Vaccination in the Punjab 1867-1880 - 1867-1880
Year: 1867
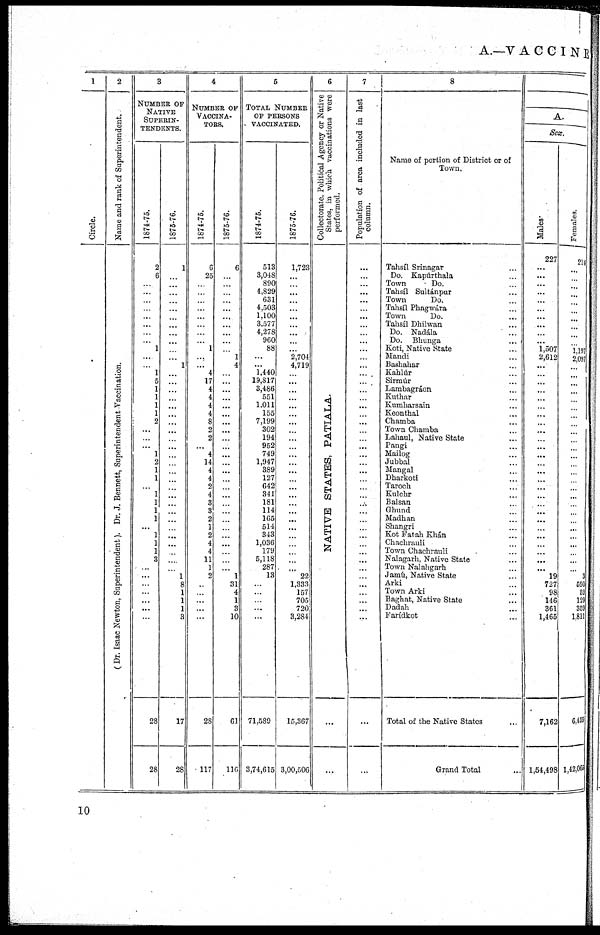
A.—V A C C I N I E
1
Circle.
2
Name and rank of Superintendent.
( Dr. Isaac Newton, Superintendent). Dr. J. Bennett, Superintendent Vaccination.
3
NUMBER OF
NATIVE
SUPERIN-
---------
1874-75.
2
6
...
...
...
...
...
...
...
... 1
...
...
1
5
1
1
1
1
2
...
...
...
1
2
1
1
...
1
1
1
1
...
1
1
1
3
...
...
...
...
...
...
...
28
28
1875-76.
1
...
...
...
...
...
...
...
...
...
...
...
1
...
...
...
...
...
...
...
...
...
...
...
...
...
...
...
...
...
...
...
...
...
...
...
...
...
1
8
1
1
1
3
17
28
4
NUMBER OF
VACCINA¬
-----
1874-75.
6
25
...
...
...
...
...
...
...
... 1
...
...
...
17
4
4
4
4
8
2
2
...
4
14
4
4
2
4
3
3
2
1
2
4
4
11
1
2
...
...
...
...
...
28
117
1875-76.
6
...
...
...
...
...
...
...
...
...
...
1
4
...
...
...
...
...
...
...
...
...
...
...
...
...
...
...
...
...
...
...
...
...
...
...
...
...
1
31
4
1
3
10
61
116
5
TOTAL NUMBER
OF PERSONS
VACCINATED.
1874-75.
513
3,048
890
4,829
631
4,503
1,100
3,577
4,278
960
88
...
...
1,440
19,817
3,486
551
1,011
155
7,199
302
194
952
749
1,947
389
127
642
341
181
114
165
514
343
1,036
179
5,118
287
13
...
...
...
...
...
71,589
3,74,615
1875-76.
1,723
...
...
...
...
...
...
...
...
...
...
2,704
4,719
...
...
...
...
...
...
...
...
...
...
...
...
...
...
...
...
...
...
...
...
...
...
...
...
...
22
1,333
157
705
720
3,284
15,367
3,00,506
6
Collectorate. Political Agency or Native
States, in which vaccinations were
performed.
NATIVE STATES, PATIALA.
...
...
7
Population of area included in last
column.
...
...
...
...
...
...
...
...
...
...
...
...
...
...
...
...
...
...
...
...
...
...
...
...
...
...
...
...
...
...
...
...
...
...
...
...
...
...
...
...
...
...
...
...
...
...
8
Name of portion of District or of
Town.
Tahsíl Srinagar ...
Do. Kapúrthala ...
Town
Do. ...
Tahsíl Sultánpur ...
Town
Do. ...
Tahsíl Phagwára ...
Town
Do. ...
Tahsíl Dhilwan ...
Do. Nadála ...
Do.
Bhunga
...
Koti, Native State ...
Mandi ...
Bashahar ...
Kahlúr ...
Sirmúr ...
Lambagráon ...
Kuthar ...
Kumharsain ...
Keonthal ...
Chamba ...
Town Chamba ...
Lahaul, Native State ...
Pangi ...
Mailog ...
Jubbal ...
Mangal ...
Dharkoti ...
Taroch ...
Kulehr ...
Balsan ...
Ghund
...
Madhan ...
Shangri ...
Kot Fatah Khán
...
Chachrauli ...
Town Chachrauli ...
Nalagarh, Native State ...
Town Nalahgarh ...
Jamú, Native State ...
Arki ...
Town Arki ...
Baghat, Native State ...
Dadah ...
Farídkot ...
Total of the Native States
Grand Total
A.
Sex.
Males.
227
...
...
...
...
...
...
...
...
...
...
1,507
2,612
...
...
...
...
...
...
...
...
...
...
...
...
...
...
...
...
...
...
...
...
...
...
...
...
...
...
19
727
98
146
361
1,465
7,162
1,54,498
Females.
214
...
...
...
...
...
...
...
...
...
...
1,197
2,097
...
...
...
...
...
...
...
...
...
...
...
...
...
...
...
...
...
...
...
...
...
...
...
...
...
...
3
590
59
129
359
1,811
6,459
1,42,065
10